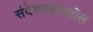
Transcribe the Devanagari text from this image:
संदेशवहनातील